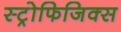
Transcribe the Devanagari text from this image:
स्ट्रोफिजिक्स